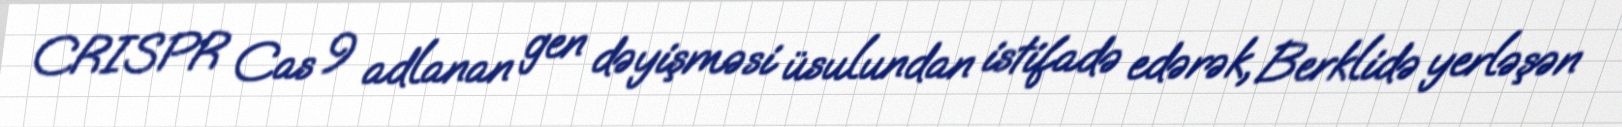
CRISPR Cas 9 adlanan gen dəyişməsi üsulundan istifadə edərək, Berklidə yerləşən